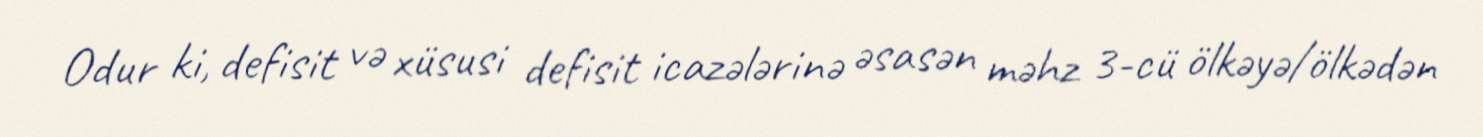
Odur ki, defisit və xüsusi defisit icazələrinə əsasən məhz 3-cü ölkəyə/ölkədən